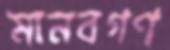
মানবগণ